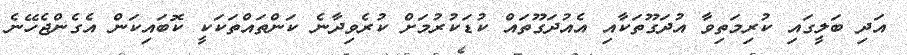
އަދި ބަލީގައި ކުރިމަތިވާ އުދަގޫތަކާއި އެއުދަގޫތައް ކުޑަކުރުމަށް ކުރެވިދާނެ ކަންތައްތަކަކީ ކޮބައިކަން އެގެންޖެހޭނެ